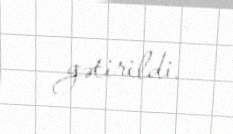
gətirildi.